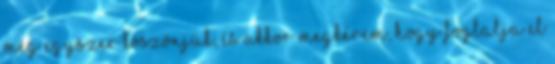
Még egyszer köszönjük, és akkor megkérem, hogy foglalja el